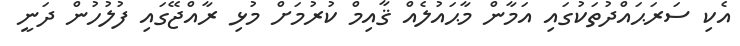
އެކި ސަރަޙައްދުތަކުގައި އަމާން މާޙައުލެއް ޤާއިމް ކުރުމަށް މުޅި ރާއްޖޭގައި ފުލުހުން ދަނީ